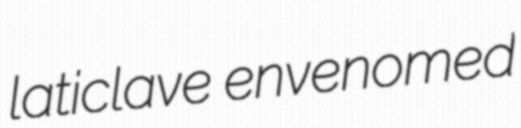
laticlave envenomed